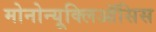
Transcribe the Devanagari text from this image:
मोनोन्यूक्लिऑसिस